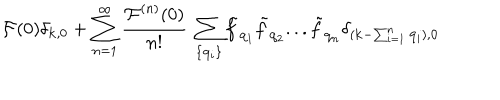
{ \mathcal { F } } ( 0 ) \delta _ { { \bf { k } } , 0 } + \sum _ { n = 1 } ^ { \infty } \frac { { \mathcal { F } } ^ { ( n ) } ( 0 ) } { n ! } \mathrm { ~ } \sum _ { \{ { \bf { q } } _ { i } \} } { \tilde { f } } _ { { \bf { q } } _ { 1 } } { \tilde { f } } _ { { \bf { q } } _ { 2 } } . . . { \tilde { f } } _ { { \bf { q } } _ { n } } \delta _ { ( { \bf { k } } - \sum _ { i = 1 } ^ { n } { \bf { q } } _ { i } ) , { \bf { 0 } } }